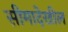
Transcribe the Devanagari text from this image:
सीमादेखील